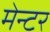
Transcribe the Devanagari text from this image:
मेन्टर